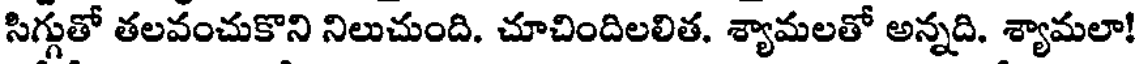
సిగ్గుతో తలవంచుకొని నిలుచుంది. చూచిందిలలిత. శ్యామలతో అన్నది. శ్యామలా!